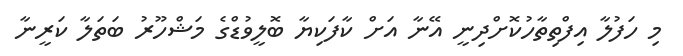
މި ހަފުލާ އިފްތިތާހުކޮށްދިނީ އޭނާ އަށް ކާފަކިޔާ ބޮލީވުޑްގެ މަޝްހޫރު ބަތަލާ ކަރީނާ